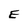
Character: E